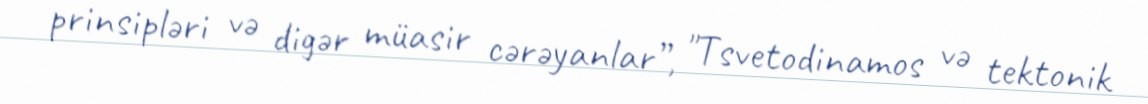
prinsipləri və digər müasir cərəyanlar”, "Tsvetodinamos və tektonik